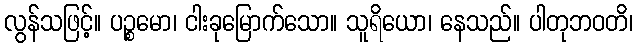
လွန်သဖြင့်။ ပဉ္စမော၊ ငါးခုမြောက်သော။ သူရိယော၊ နေသည်။ ပါတုဘဝတိ၊